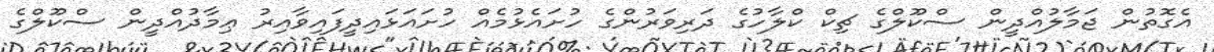
އެގޮތުން ޖަމާލުއްދީން ސްކޫލްގެ ޗިކް ކްލާހުގެ ދަރިވަރުންގެ ހުށައެޅުމެއް ހުށައަޅައިދީފައިވާއިރު ޢިމާދުއްދީން ސްކޫލްގެ